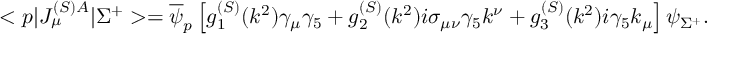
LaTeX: < p | J _ { \mu } ^ { ( S ) A } | \Sigma ^ { + } > = \overline { { \psi } } _ { p } \left[ g _ { 1 } ^ { ( S ) } ( k ^ { 2 } ) \gamma _ { \mu } \gamma _ { 5 } + g _ { 2 } ^ { ( S ) } ( k ^ { 2 } ) i \sigma _ { \mu \nu } \gamma _ { 5 } k ^ { \nu } + g _ { 3 } ^ { ( S ) } ( k ^ { 2 } ) i \gamma _ { 5 } k _ { \mu } \right] \psi _ { \Sigma ^ { + } } .